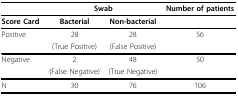
|  | <COLSPAN=2> Swab | Number of patients |
 | --- | --- | --- | --- |
 | Score Card | Bacterial | Non-bacterial |  |
 | Positive | 28 | 28 | 56 |
 |  | (True Positive) | (False Positive) |  |
 | Negative | 2 | 48 | 50 |
 |  | (False Negative) | (True Negative) |  |
 | N | 30 | 76 | 106 |